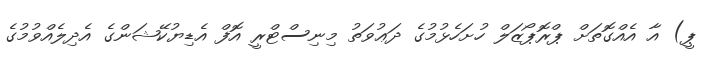
ޕީ) އާ އެއްގޮތަށް ޕްރޮޕޯޒަލް ހުށަހެޅުމުގެ ދަޢުވަތު މިނިސްޓްރީ އޮފް އެޑިޔުކޭޝަންގެ އެދިލެއްވުމުގެ